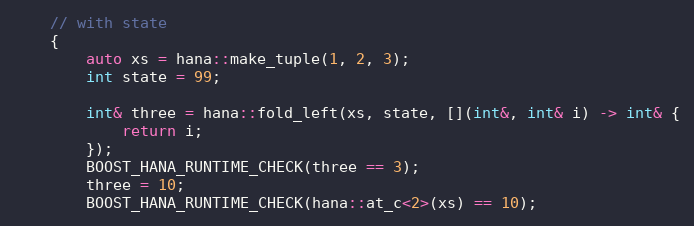
Language: C++
    // with state
    {
        auto xs = hana::make_tuple(1, 2, 3);
        int state = 99;

        int& three = hana::fold_left(xs, state, [](int&, int& i) -> int& {
            return i;
        });
        BOOST_HANA_RUNTIME_CHECK(three == 3);
        three = 10;
        BOOST_HANA_RUNTIME_CHECK(hana::at_c<2>(xs) == 10);